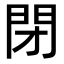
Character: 閉